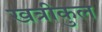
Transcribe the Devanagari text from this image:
खत्रीकुल